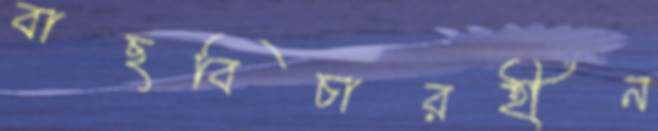
বাছবিচারহীন